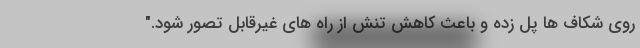
روی شکاف ها پل زده و باعث کاهش تنش از راه های غیرقابل تصور شود."